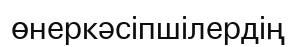
өнеркәсіпшілердің